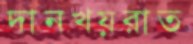
দানখয়রাত